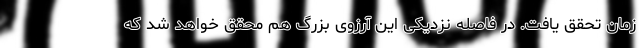
زمان تحقق یافت. در فاصله نزدیکی این آرزوی بزرگ هم محقق خواهد شد که